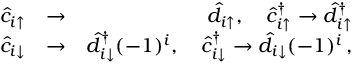
\begin{array} { r l r } { \hat { c } _ { i \uparrow } } & { \rightarrow } & { \hat { d } _ { i \uparrow } , \quad \hat { c } _ { i \uparrow } ^ { \dagger } \rightarrow \hat { d } _ { i \uparrow } ^ { \dagger } } \\ { \hat { c } _ { i \downarrow } } & { \rightarrow } & { \hat { d } _ { i \downarrow } ^ { \dagger } ( - 1 ) ^ { i } , \quad \hat { c } _ { i \downarrow } ^ { \dagger } \rightarrow \hat { d } _ { i \downarrow } ( - 1 ) ^ { i } \, , } \end{array}